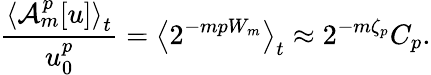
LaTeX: \frac{\left\langle\mathcal{A}_{m}^{p}[u]\right\rangle_{t}}{u_{0}^{p}}=\left\langle 2^{-mpW_{m}}\right\rangle_{t}\approx 2^{-m\zeta_{p}}C_{p}.